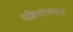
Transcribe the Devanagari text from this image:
महिलांपासून